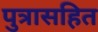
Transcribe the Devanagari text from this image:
पुत्रासहित